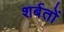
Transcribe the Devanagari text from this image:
शर्बतों